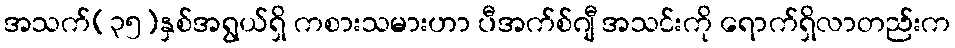
အသက်(၃၅)နှစ်အရွယ်ရှိ ကစားသမားဟာ ပီအက်စ်ဂျီ အသင်းကို ရောက်ရှိလာတည်းက